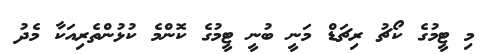
މި ޓީމުގެ ކޯޗު ރިޗަޑް މަނީ ބުނީ ޓީމުގެ ކޮންމެ ކުޅުންތެރިއަކާ މެދު